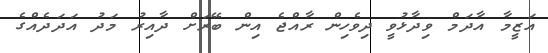
އަޒީމާ އާދަމް ވިދާޅުވީ ދިވެހިން ރާއްޖެ އިން ބޭރަށް ދާއިރު މަދު އަދަދެއްގެ